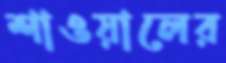
শাওয়ালের